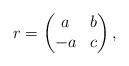
\begin{align*}r=\begin{pmatrix}a&b\cr-a&c\end{pmatrix},\end{align*}